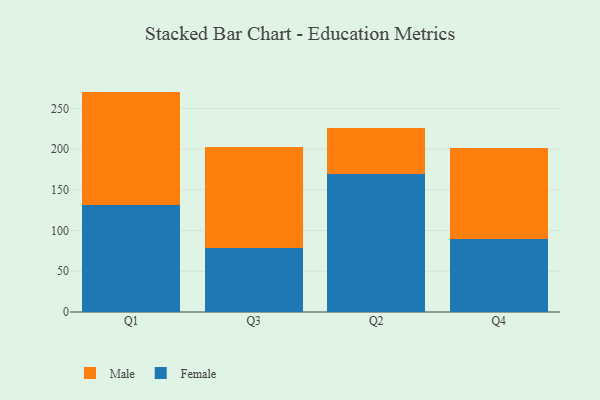
{"axis": {"x": "Quarter", "y": "Operating Costs (USD K)"}, "legend": ["Female", "Male"], "data": [{"x": "Q1", "y": 131.2, "type": "Female"}, {"x": "Q1", "y": 139.4, "type": "Male"}, {"x": "Q3", "y": 78.4, "type": "Female"}, {"x": "Q3", "y": 124.2, "type": "Male"}, {"x": "Q2", "y": 169.2, "type": "Female"}, {"x": "Q2", "y": 56.3, "type": "Male"}, {"x": "Q4", "y": 89.7, "type": "Female"}, {"x": "Q4", "y": 111.7, "type": "Male"}]}